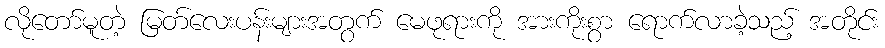
လိုတော်မူတဲ့ မြတ်လေးပန်းများအတွက် မေဖုရားကို အားကိုးစွာ ရောက်လာခဲ့သည့် အတိုင်း